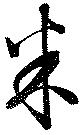
米